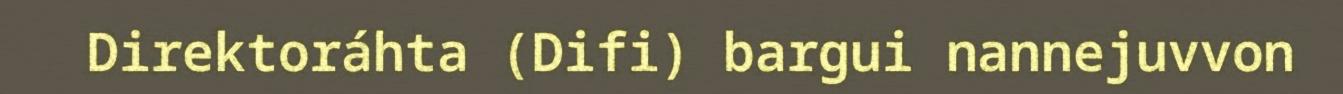
Direktoráhta (Difi) bargui nannejuvvon